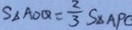
S _ { \Delta A O Q } = \frac { 2 } { 3 } S _ { \Delta A P C }